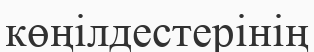
көңілдестерінің